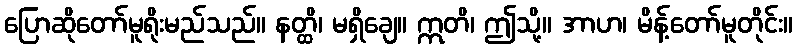
ပြောဆိုတော်မူရိုးမည်သည်။ နတ္ထိ၊ မရှိချေ။ ဣတိ၊ ဤသို့။ အာဟ၊ မိန့်တော်မူတိုင်း။